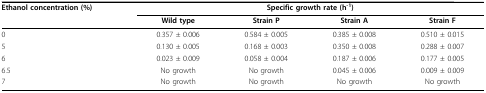
<table><thead><tr><td><b>Ethanol concentration (%)</b></td><td colspan="4"><b>Specific growth rate (h<sup>-1</sup>)</b></td></tr><tr><td></td><td><b>Wild type</b></td><td><b>Strain P</b></td><td><b>Strain A</b></td><td><b>Strain F</b></td></tr></thead><tbody><tr><td>0</td><td>0.357 ± 0.006</td><td>0.584 ± 0.005</td><td>0.385 ± 0.008</td><td>0.510 ± 0.015</td></tr><tr><td>5</td><td>0.130 ± 0.005</td><td>0.168 ± 0.003</td><td>0.350 ± 0.008</td><td>0.288 ± 0.007</td></tr><tr><td>6</td><td>0.023 ± 0.009</td><td>0.058 ± 0.004</td><td>0.187 ± 0.006</td><td>0.177 ± 0.005</td></tr><tr><td>6.5</td><td>No growth</td><td>No growth</td><td>0.045 ± 0.006</td><td>0.009 ± 0.009</td></tr><tr><td>7</td><td>No growth</td><td>No growth</td><td>No growth</td><td>No growth</td></tr></tbody></table>